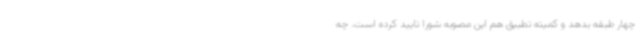
چهار طبقه بدهد و کمیته تطبیق هم این مصوبه شورا تایید کرده است. چه